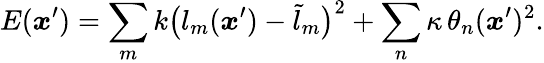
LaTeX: E(\boldsymbol{x}^{\prime})=\sum_{m}k\big(l_{m}(\boldsymbol{x}^{\prime})-\tilde{l}_{m}\big)^{2}+\sum_{n}\kappa\, \theta_{n}(\boldsymbol{x}^{\prime})^{2}.